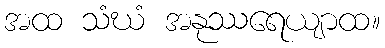
အထ သံဃံ အနုဿရေယျာထ။